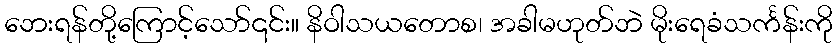
ဘေးရန်တို့ကြောင့်သော်၎င်း။ နိဝါသယတောစ၊ အခါမဟုတ်ဘဲ မိုးရေခံသင်္ကန်းကို